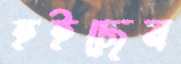
হইছেন